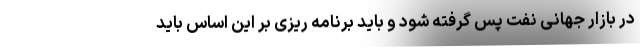
در بازار جهانی نفت پس گرفته شود و باید برنامه ریزی بر این اساس باید